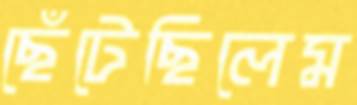
ছেঁটেছিলেম